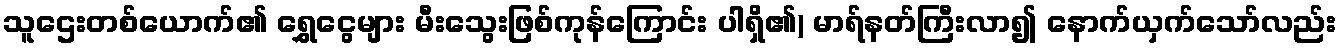
သူဌေးတစ်ယောက်၏ ရွှေငွေများ မီးသွေးဖြစ်ကုန်ကြောင်း ပါရှိ၏) မာရ်နတ်ကြီးလာ၍ နောက်ယှက်သော်လည်း